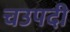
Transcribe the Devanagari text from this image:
चउपदी